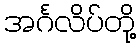
အင်္ဂလိပ်တို့